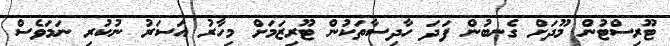
ޓޫރިސްޓުން މޫދަށް ގެނބުން ފަދަ ހާދިސާތަކުން ޓޫރިޒަމަށް މިހާރު އަސަރު ނުކުރި ނަމަވެސް